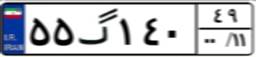
۵۵گ۱۴۰۴۹